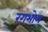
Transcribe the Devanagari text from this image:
रंगभोग